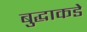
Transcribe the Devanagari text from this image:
बुद्धाकडे